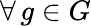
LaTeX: \forall\, g\in G